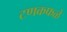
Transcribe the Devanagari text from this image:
टणकफळे